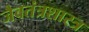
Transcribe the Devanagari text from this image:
जैवतंत्रशास्त्र